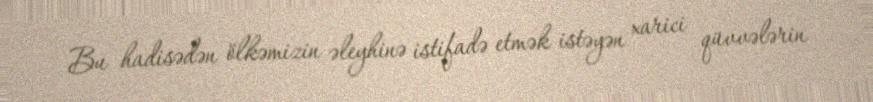
Bu hadisədən ölkəmizin əleyhinə istifadə etmək istəyən xarici qüvvələrin